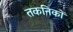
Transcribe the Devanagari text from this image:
तकनिकों